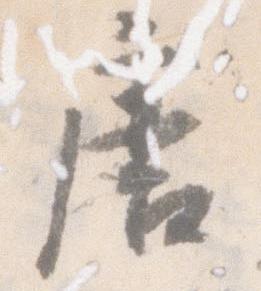
唐